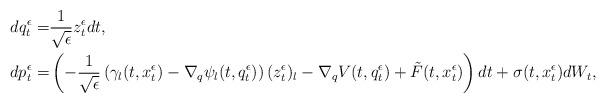
LaTeX: \begin{align*}dq^\epsilon_t=&\frac{1}{\sqrt{\epsilon}} z_t^\epsilon dt,\\d p^\epsilon_t=&\left(-\frac{1}{\sqrt{\epsilon}}\left(\gamma_l(t,x^\epsilon_t)- \nabla_q\psi_l(t,q_t^\epsilon)\right)(z_t^\epsilon)_l-\nabla_q V(t,q^\epsilon_t)+\tilde F(t,x^\epsilon_t)\right)dt+\sigma(t,x^\epsilon_t) dW_t,\end{align*}